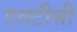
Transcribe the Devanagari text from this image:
एलटीसी